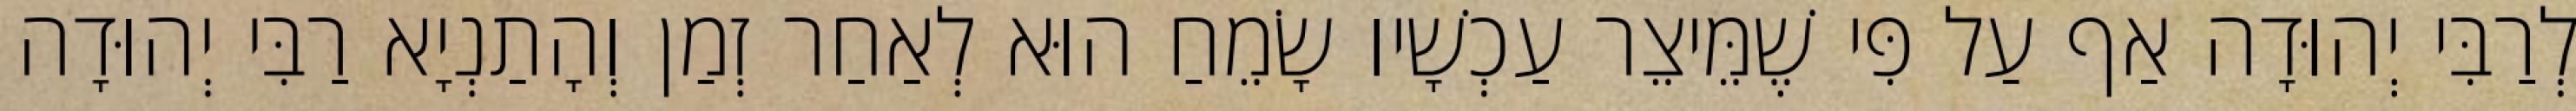
לְרַבִּי יְהוּדָה אַף עַל פִּי שֶׁמֵּיצֵר עַכְשָׁיו שָׂמֵחַ הוּא לְאַחַר זְמַן וְהָתַנְיָא רַבִּי יְהוּדָה